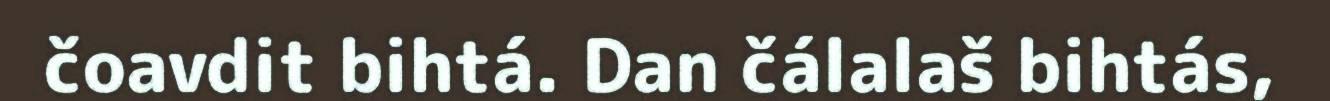
čoavdit bihtá. Dan čálalaš bihtás,